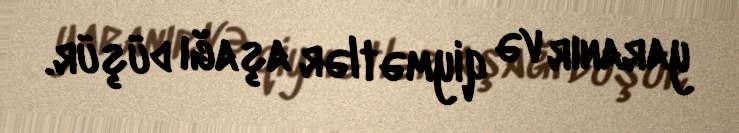
yaranır və qiymətlər aşağı düşür.